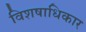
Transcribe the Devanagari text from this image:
विशषाधिकार